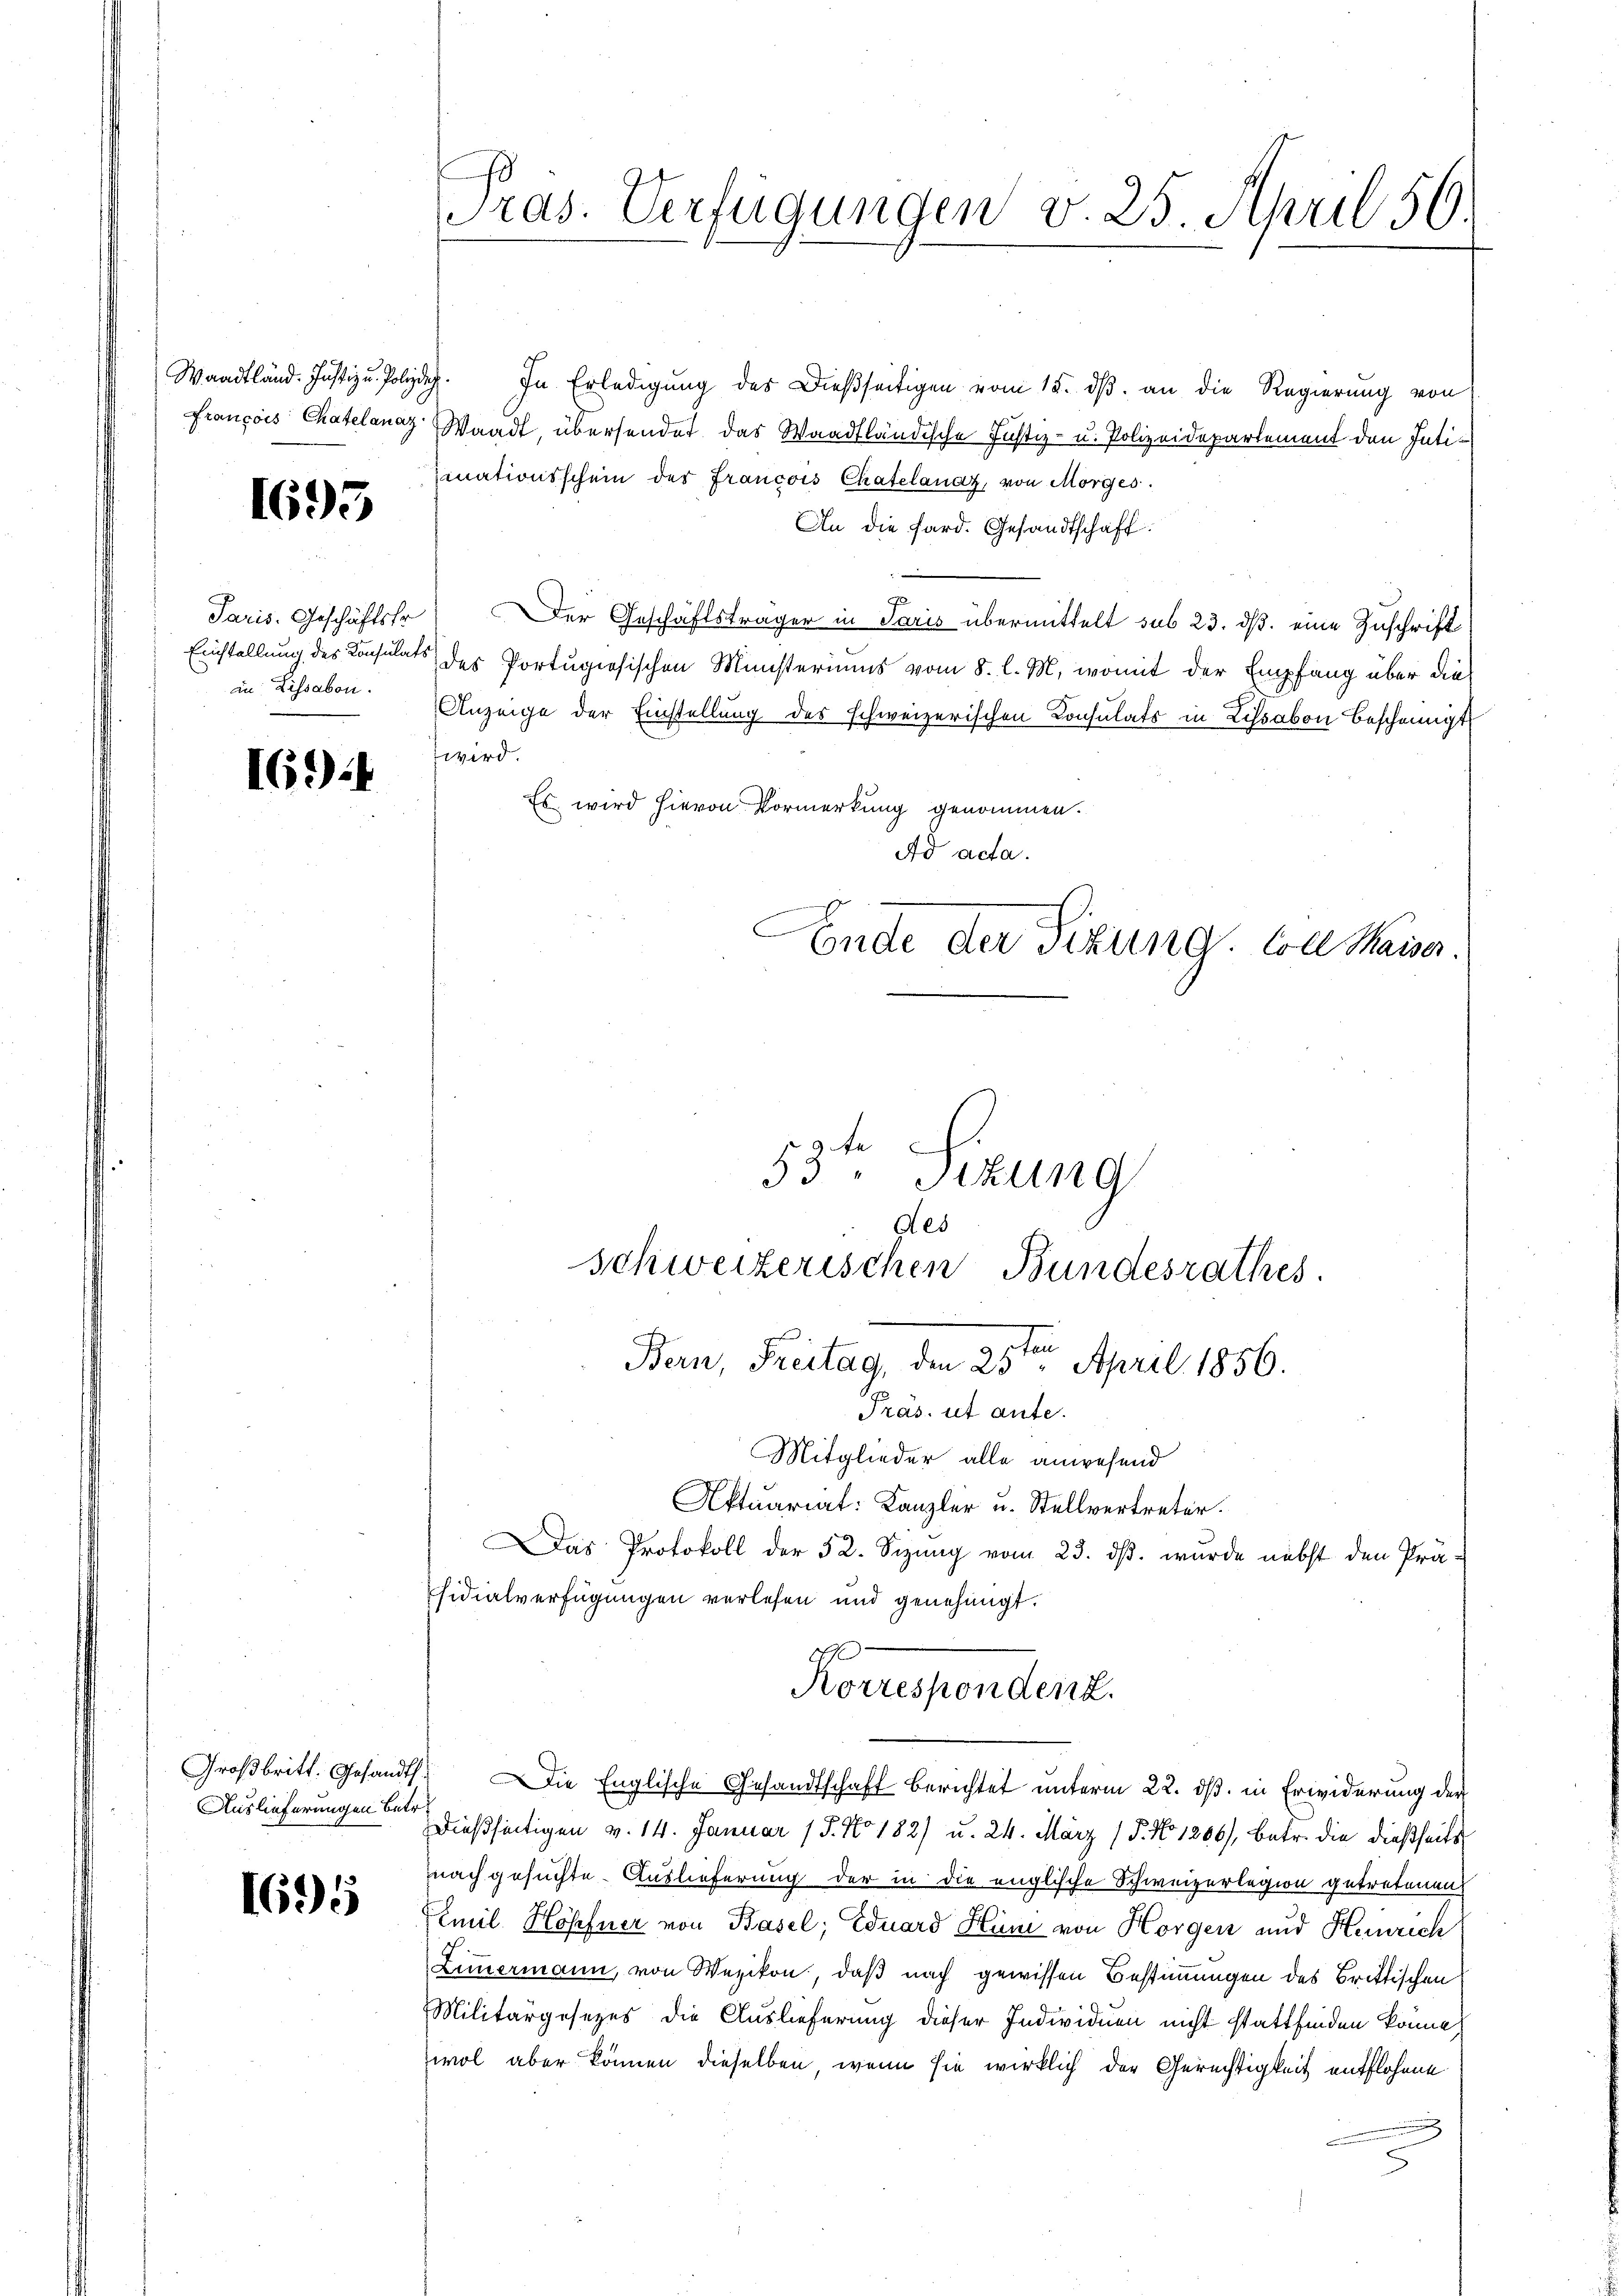
François Chatelanaz

1695

Paris. Geschäftsfr.
Einstellung des Konsulats
in Lissabon.

16.

Auslieferungen betr.

1695

Pras. Verfügungen v. 25. April 56

Waadtländ. Justiz u. Polizdah. In Erledigung des Dießseitigen vom 15. dβ an die Regierung von
Waadt, übersendet das Waadtländische Justiz- u. Polizeidepartement den Intimnationsschein der Francois Chatelanaz, von Morges.
An die Sard. Gesandtschaft.
Der Geschäftsträger in Paris übermittelt sub 23. ds. eine Zuschrift
 des Portugisischen Münsteriums vom 8. l. M., womit der Empfang über die
Anzeige der Einstellung des schweizerischen Consulats in Lissabon bescheinigt
wird.
Es wird hievon Vormerkung genommen.
Ad acta.
e
Ende der Sitzung. Soll Kaiser.
Be
53. Sitzung
ges

Schweizerischen Bundesrathes.
Bern, Freitag, den 25ten April 1856.

Präs. ut ante.
Mitglieder alle anwesend
Aktuariat: Kanzler u. Stellvertreter.
Das Protokoll der 32. Sizung vom 23. ds. wurde nebst den Prä-
sidialverfügungen verlesen und genehmigt.
dießseitigen v. 14. Januar 15. No. 182) u. 24. März ( P. No 1266), betr. die dießseits
nachgesuchte Auslieferung der in die englische Schweizerlegion getretenen
FEmil Höpfner von Basel; Eduard Hüni von Horgen und Henrich
Limermann, von Wezikon, daß nach gewissen Bestimmungen des Brittischen
Militärgesezes die Auslieferung dieser Individuen nicht stattfinden könne,
wol aber können dieselben, wenn sie wirklich der Gerechtigkeit entflohnen
n

Korrespondent.
Großbritt. Gesandt. Die Englische Gesandtschaft berichtet unterm 22. ds. in Erwiderung der